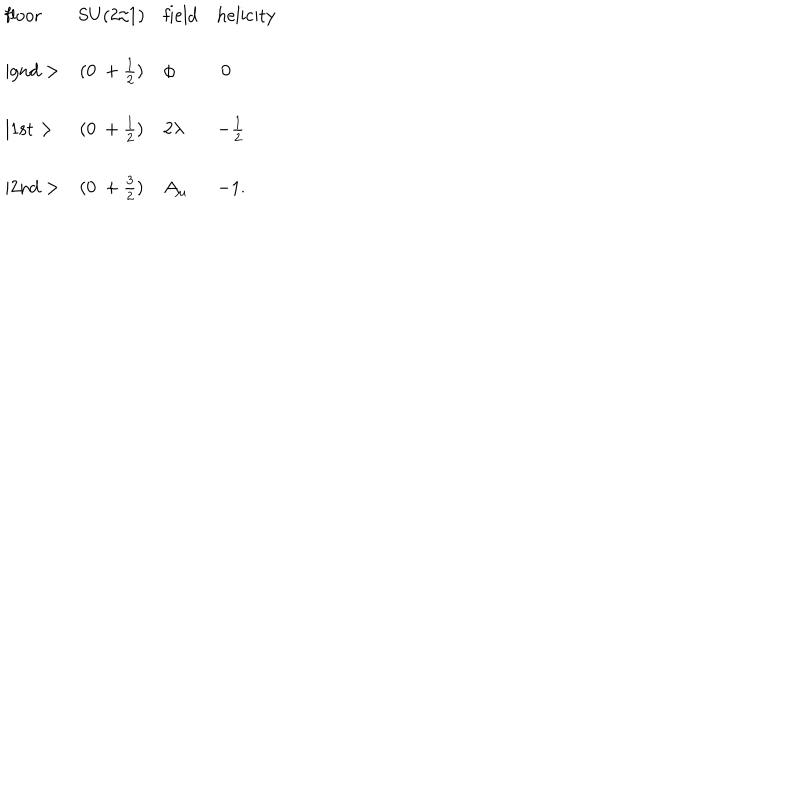
\begin{array} { l c l l } { { \mathrm { f l o o r } } } & { { \mathrm { S U ( 2 / 1 ) } } } & { { \mathrm { f i e l d } } } & { { \mathrm { h e l i c i t y } } } \\ { { \mid \mathrm { g n d } > } } & { { ( 0 ~ + \frac { 1 } { 2 } ) } } & { { \phi } } & { { ~ 0 } } \\ { { \mid \mathrm { 1 s t } > } } & { { ( 0 ~ + \frac { 1 } { 2 } ) } } & { { 2 \lambda } } & { { - \frac { 1 } { 2 } } } \\ { { \mid \mathrm { 2 n d } > } } & { { ( 0 ~ + \frac { 3 } { 2 } ) } } & { { A _ { \mu } } } & { { - 1 . } } \\ \end{array}